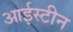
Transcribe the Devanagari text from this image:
आईस्टीन